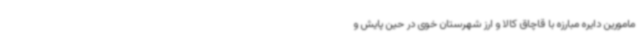
مامورین دایره مبارزه با قاچاق کالا و ارز شهرستان خوی در حین پایش و